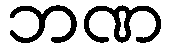
ဘဏ